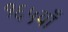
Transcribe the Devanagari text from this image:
१६५वाँ